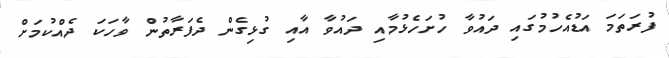
ފުރަތަމަ އަޑުއެހުމުގައި ދައުވާ ހުށަހެޅުމާއި ދައުވާ އާއި ގުޅިގެން ދެފަރާތުން ވާހަކަ ދެއްކުމަށް